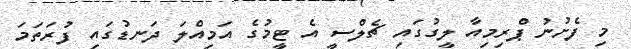
މި ފެށުނު ޕްރިމިއާ ލީގުގައި ޗެލްސީ އެ ޓީމުގެ އަމިއްލަ ދަނޑުގައި ފުރަތަމަ